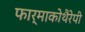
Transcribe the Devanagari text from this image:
फार्माकोथैरेपी